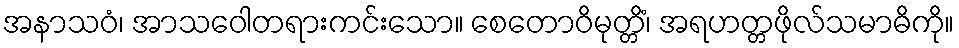
အနာသဝံ၊ အာသဝေါတရားကင်းသော။ စေတောဝိမုတ္တိံ၊ အရဟတ္တဖိုလ်သမာဓိကို။